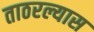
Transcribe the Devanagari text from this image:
ताठरल्यास